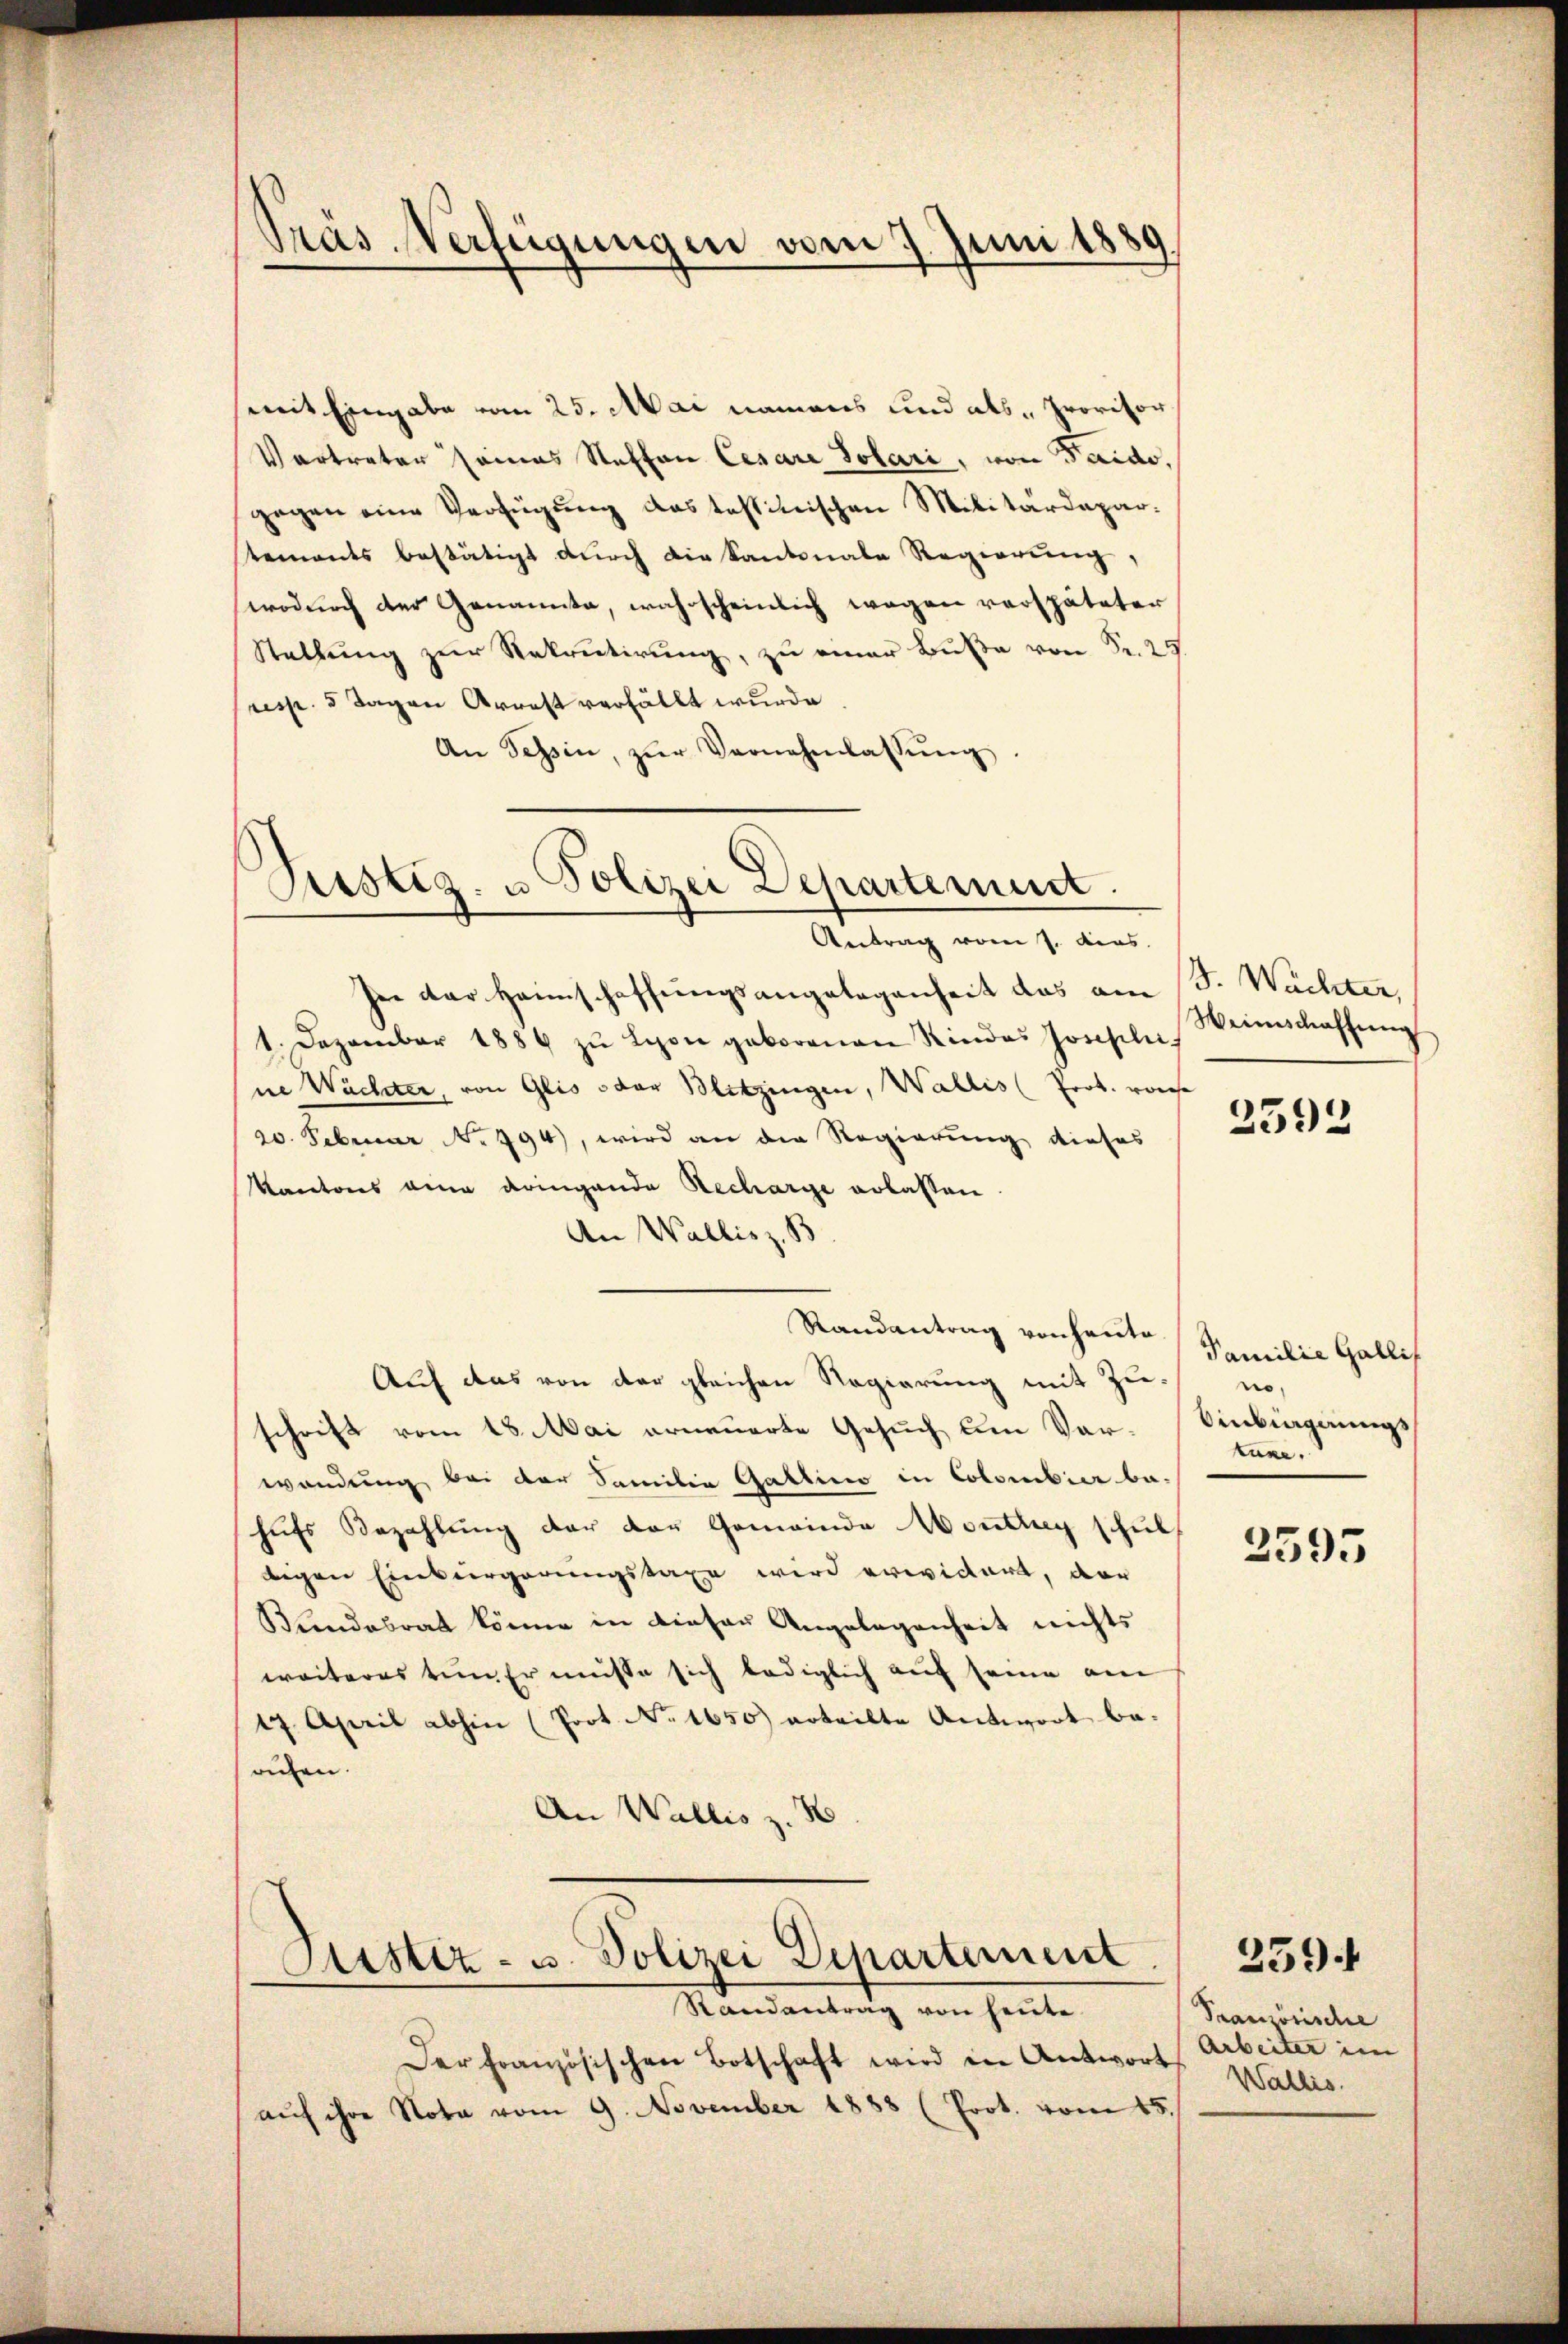
Präs. Verfügungen vom 7. Juni 1889

mit Eingabe vom 25. Mai namens und als Provisor
Vertreter seines Steffan Cesare Solari, von Taido
gegen eine Verfügung das testitischen Militärdepartements bestätigt durch die Kantonale Regierung,
wodurch der Genannte, wahrscheinlich wegen verspäteter
Stellung zur Rekrutirung, zu einer Buße von Fr. 25.
(resp. 3 Tagen Arrest verfällt wurde.
An Tessin, zŭr Vernehmlassŭng.

Sistiz- u Polizei Departement.
Antrag vom 7. dies

her der Heimschaffungsangelegenheit das am 3. Wächter,
1. Dezember 1884 zŭ Lyon geborenen Rindes Josephi, Weinschaffŭng
ne Wächter, von Glio oder Blitzingen, Wallis (Prok. vorhe
20. Februar N. 394), wird an die Regierung dieses
Kantons eine dringende Recharge erlassen.
An Wallis z. B
Randantrag von heute
Auf das von der gleichen Regierung mit Zuschrift vom 18. Mai erneuerte Gesuch um Vor- Einbiagnungswendung bei der Familie Gattino in Colombier be-
hufs Bezahlung der der Gemeinde Monthey schul
tigen Einbürgerungstaxe wird erwidert, dar
Bundesrat könne in dieser Angelegenheit nichts
weiteres tun Er müßte sich lediglich auf seine am
17. April abhin (Prot. No. 1650 erteilte Antwort be-
ruhen.
An Wallis z. B

Justiz- u. Polizei Departement

Randantrag von heute.
Der Französischen Botschaft wird in Antwort
auf ihre Nota vom 9. November 1888 (Prot. vom 15.

2592

Familie Gallis
no,
kuxe.

2595

Pranzösische
Arbeiter im
Wallis.

259.